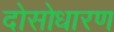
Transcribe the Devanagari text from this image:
दोसोधारण